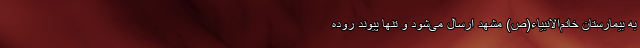
به بیمارستان خاتم‌الانبیاء(ص) مشهد ارسال می‌شود و تنها پیوند روده